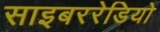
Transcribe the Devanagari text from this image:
साइबररेडियो